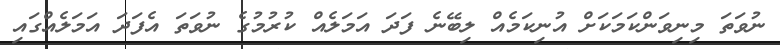
ނުވަތަ މިނިވަންކަމަކަށް އުނިކަމެއް ލިބޭނެ ފަދަ އަމަލެއް ކުރުމުގެ ނުވަތަ އެފަދަ އަމަލެއްގައި